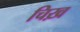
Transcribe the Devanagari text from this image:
चिख़